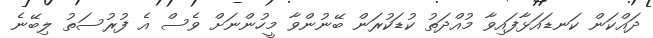
ދައްކަން ކަނޑައަޅާފައިވާ މުއްދަތު ކުޑަކުރަން ބޭނުންވާ މީހުންނަށް ވެސް އެ ފުރުސަތު ލިބޭނެ